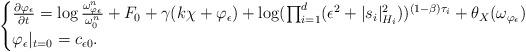
LaTeX: \begin{align*}\begin{cases} \frac{\partial \varphi_{\epsilon}}{\partial t}=\log \frac{\omega_{\varphi_{\epsilon}}^n}{\omega_0^n} +F_0+\gamma (k\chi+\varphi_{\epsilon})+\log(\prod_{i=1}^d (\epsilon^2+|s_i|_{H_i}^2))^{(1-\beta)\tau_i}+\theta_X(\omega_{\varphi_{\epsilon}})\\\varphi_{\epsilon}|_{t=0}=c_{\epsilon 0}.\end{cases}\end{align*}